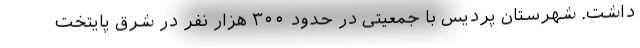
داشت. شهرستان پردیس با جمعیتی در حدود ۳۰۰ هزار نفر در شرق پایتخت